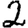
Digit: 2